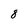
Character: 8